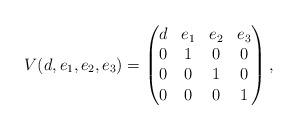
LaTeX: \begin{align*}V (d, e_1, e_2, e_3) =\begin{pmatrix}d&e_1&e_2&e_3\\0&1&0&0\\0&0&1&0\\0&0&0&1\end{pmatrix},\end{align*}